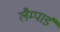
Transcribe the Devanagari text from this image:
लैम्पार्ड